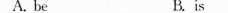
A. be B.is